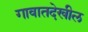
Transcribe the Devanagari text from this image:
गावातदेखील